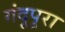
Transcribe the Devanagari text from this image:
गंदूपुरा